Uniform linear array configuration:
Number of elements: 64
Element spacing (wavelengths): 0.5
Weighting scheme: binomial
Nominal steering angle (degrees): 0
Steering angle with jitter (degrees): -0.9391
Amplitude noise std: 0.05
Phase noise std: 0.05

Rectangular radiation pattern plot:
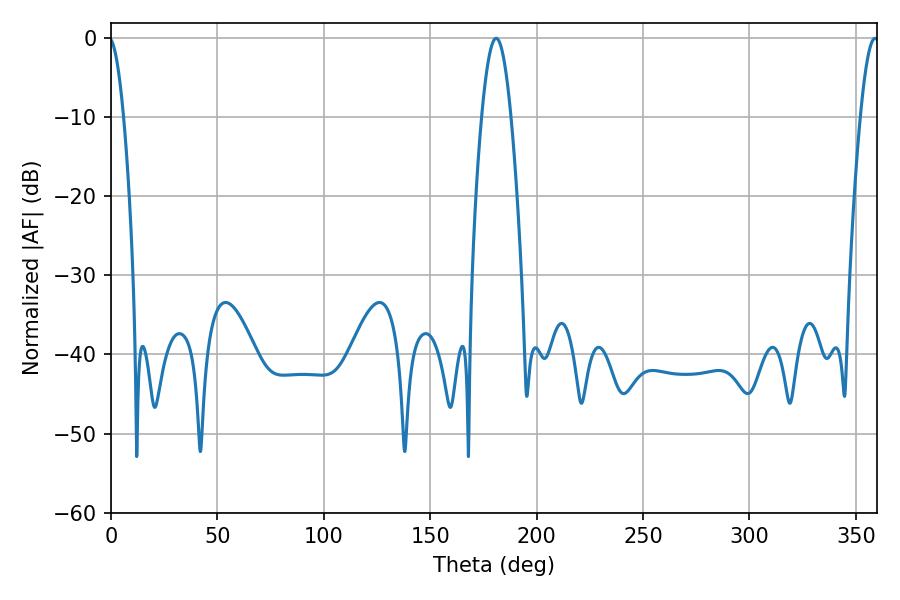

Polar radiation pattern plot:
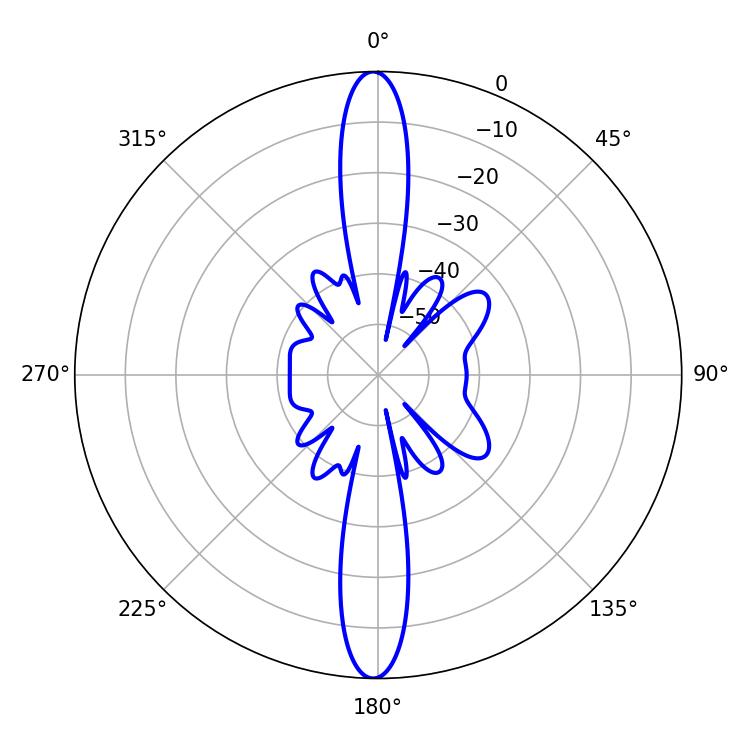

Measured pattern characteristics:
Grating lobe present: FALSE
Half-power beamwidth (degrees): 7.38
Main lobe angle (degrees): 180.9